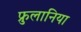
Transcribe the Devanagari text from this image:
फ्रुलानिया